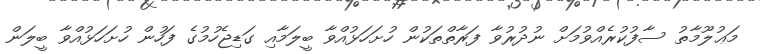
މަޢުލޫމާތު ސާފުކުރެއްވުމަށް ނުދުރުވާ ފަރާތްތަކުން ހުށަހަޅުއްވާ ބީލަމާއި ގަޑިޖެހުމުގެ ފަހުން ހުށަހަޅުއްވާ ބީލަން